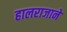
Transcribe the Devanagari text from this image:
हालराजाने